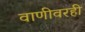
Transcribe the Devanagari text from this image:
वाणीवरही